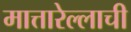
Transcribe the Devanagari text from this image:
मात्तारेल्लाची